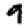
Digit: 9